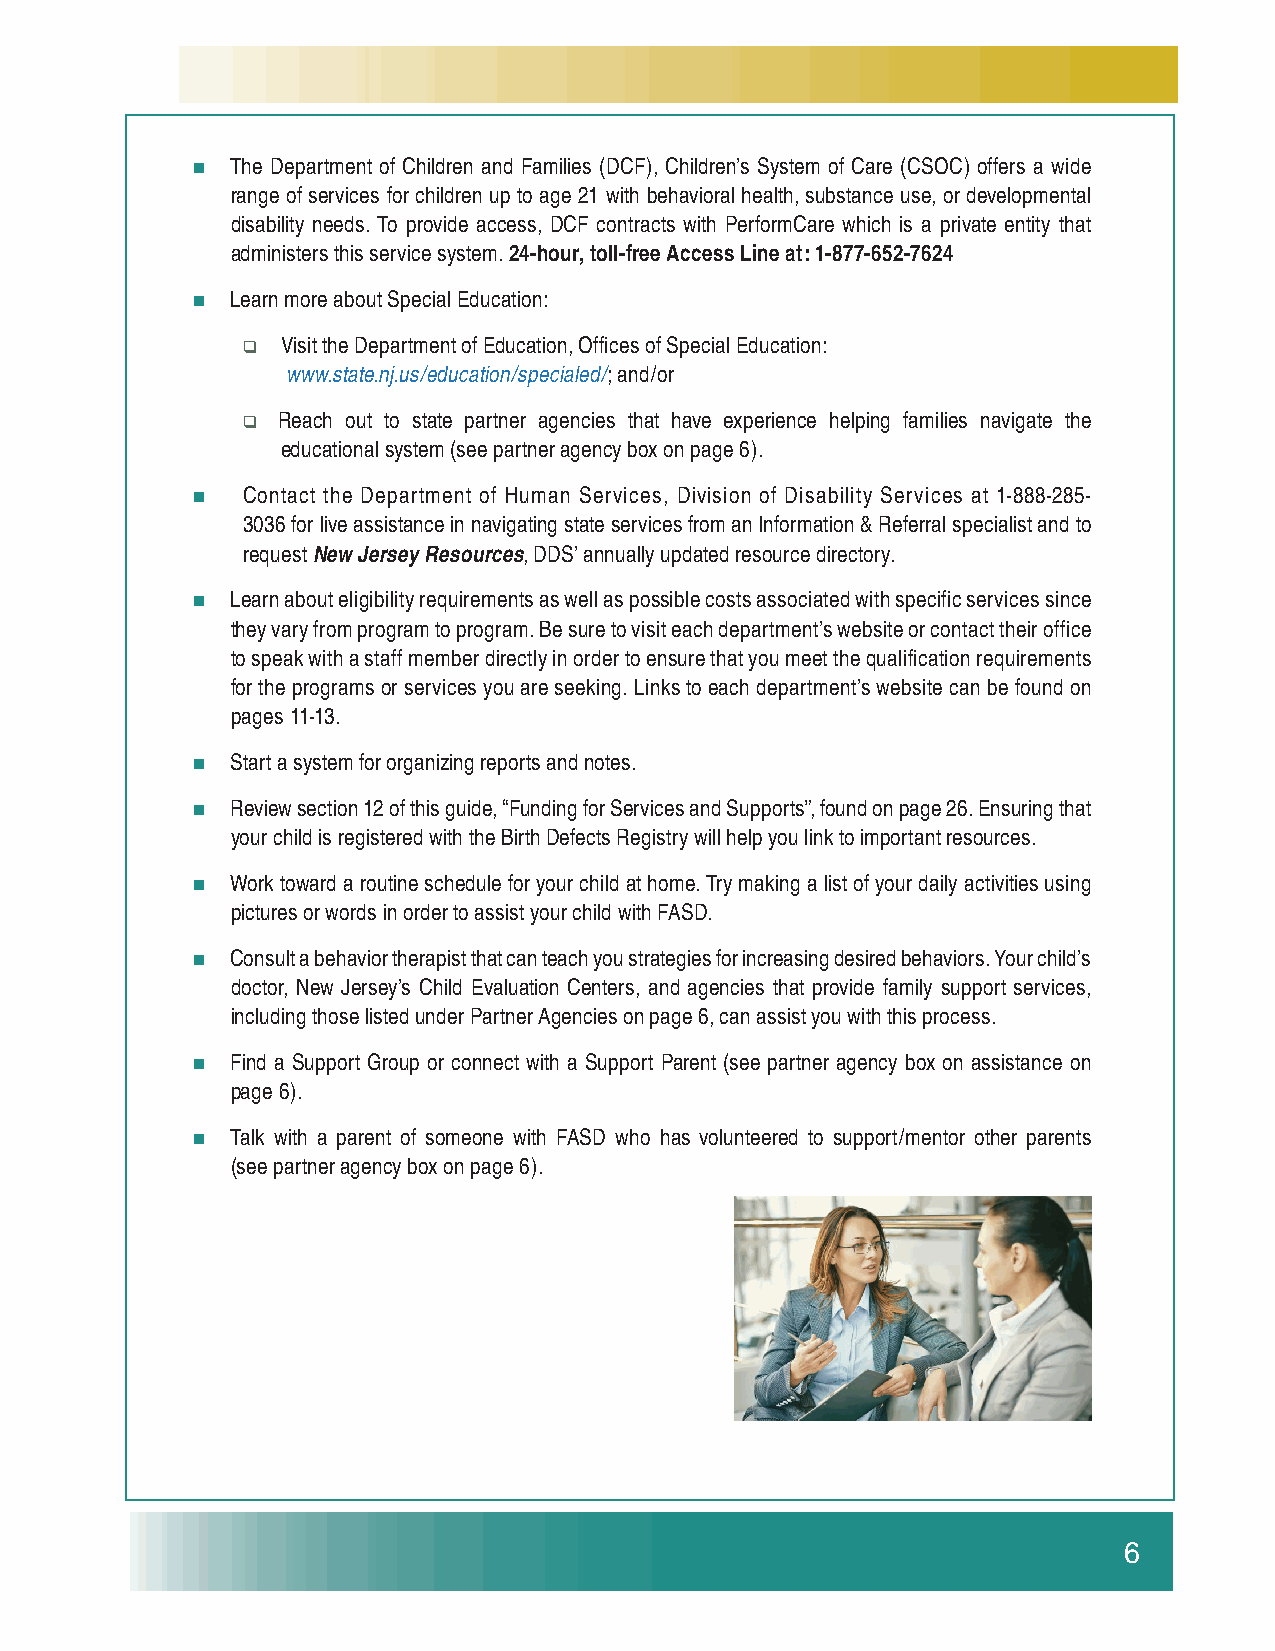
 The Department of Children and Families (DCF), Children’s System of Care (CSOC) offers a wide
 range of services for children up to age 21 with behavioral health, substance use, or developmental
 disability needs. To provide access, DCF contracts with PerformCare which is a private entity that
 administers this service system. 24-hour, toll-free Access Line at: 1-877-652-7624
  Learn more about Special Education:
 Visit the Department of Education, Offi ces of Special Education:
 www.state.nj.us/education/specialed/; and/or
  Reach out to state partner agencies that have experience helping families navigate the
 educational system (see partner agency box on page 6).
   Contact the Department of Human Services, Division of Disability Services at 1-888-285-
 3036 for live assistance in navigating state services from an Information & Referral specialist and to
 request New Jersey Resources, DDS’ annually updated resource directory.
  Learn about eligibility requirements as well as possible costs associated with specific services since
 they vary from program to program. Be sure to visit each department’s website or contact their office
 to speak with a staff member directly in order to ensure that you meet the qualification requirements
 for the programs or services you are seeking. Links to each department’s website can be found on
 pages 11-13.
  Start a system for organizing reports and notes.
  Review section 12 of this guide, “Funding for Services and Supports”, found on page 26. Ensuring that
 your child is registered with the Birth Defects Registry will help you link to important resources.
  Work toward a routine schedule for your child at home. Try making a list of your daily activities using
 pictures or words in order to assist your child with FASD.
  Consult a behavior therapist that can teach you strategies for increasing desired behaviors. Your child’s
 doctor, New Jersey’s Child Evaluation Centers, and agencies that provide family support services,
 including those listed under Partner Agencies on page 6, can assist you with this process.
  Find a Support Group or connect with a Support Parent (see partner agency box on assistance on
 page 6).
  Talk with a parent of someone with FASD who has volunteered to support/mentor other parents
 (see partner agency box on page 6).
 6